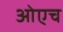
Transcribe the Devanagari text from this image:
ओएच